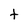
Character: t